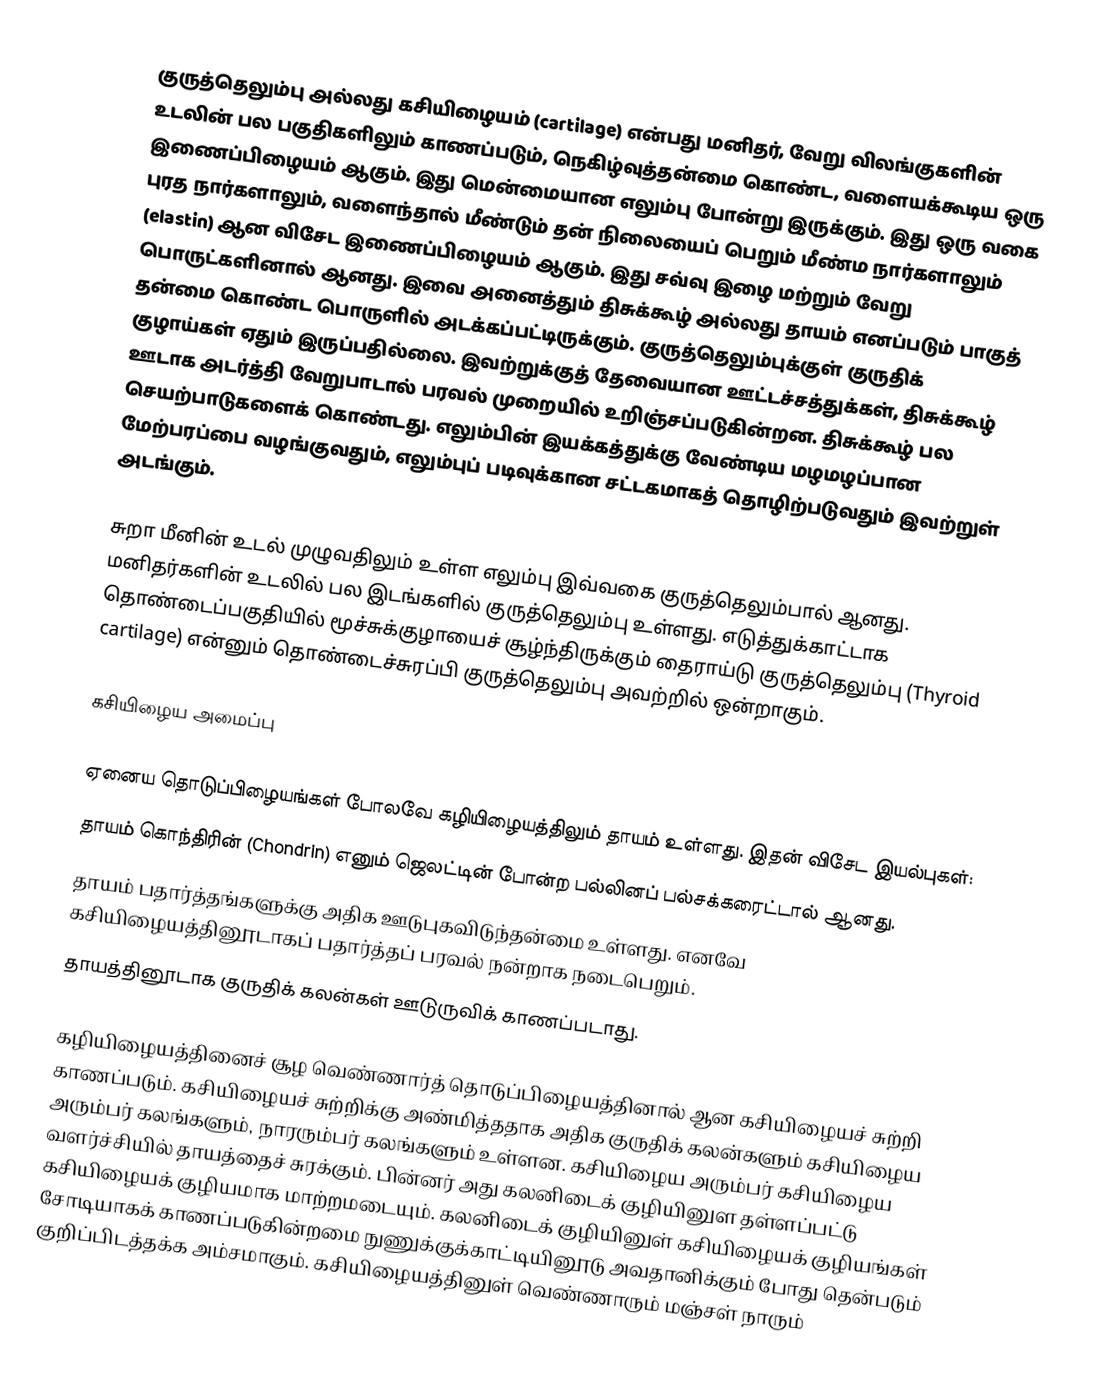
குருத்தெலும்பு அல்லது கசியிழையம் (cartilage) என்பது மனிதர், வேறு விலங்குகளின் உடலின் பல பகுதிகளிலும் காணப்படும், நெகிழ்வுத்தன்மை கொண்ட, வளையக்கூடிய ஒரு இணைப்பிழையம் ஆகும். இது மென்மையான எலும்பு போன்று இருக்கும். இது ஒரு வகை புரத நார்களாலும், வளைந்தால் மீண்டும் தன் நிலையைப் பெறும் மீண்ம நார்களாலும் (elastin) ஆன விசேட இணைப்பிழையம் ஆகும். இது சவ்வு இழை மற்றும் வேறு பொருட்களினால் ஆனது. இவை அனைத்தும் திசுக்கூழ் அல்லது தாயம் எனப்படும் பாகுத் தன்மை கொண்ட பொருளில் அடக்கப்பட்டிருக்கும். குருத்தெலும்புக்குள் குருதிக் குழாய்கள் ஏதும் இருப்பதில்லை. இவற்றுக்குத் தேவையான ஊட்டச்சத்துக்கள், திசுக்கூழ் ஊடாக அடர்த்தி வேறுபாடால் பரவல் முறையில் உறிஞ்சப்படுகின்றன. திசுக்கூழ் பல செயற்பாடுகளைக் கொண்டது. எலும்பின் இயக்கத்துக்கு வேண்டிய மழமழப்பான மேற்பரப்பை வழங்குவதும், எலும்புப் படிவுக்கான சட்டகமாகத் தொழிற்படுவதும் இவற்றுள் அடங்கும்.

சுறா மீனின் உடல் முழுவதிலும் உள்ள எலும்பு இவ்வகை குருத்தெலும்பால் ஆனது. மனிதர்களின் உடலில் பல இடங்களில் குருத்தெலும்பு உள்ளது. எடுத்துக்காட்டாக தொண்டைப்பகுதியில் மூச்சுக்குழாயைச் சூழ்ந்திருக்கும் தைராய்டு குருத்தெலும்பு (Thyroid cartilage) என்னும் தொண்டைச்சுரப்பி குருத்தெலும்பு அவற்றில் ஒன்றாகும்.

கசியிழைய அமைப்பு

ஏனைய தொடுப்பிழையங்கள் போலவே கழியிழையத்திலும் தாயம் உள்ளது. இதன் விசேட இயல்புகள்:
 தாயம் கொந்திரின் (Chondrin) எனும் ஜெலட்டின் போன்ற பல்லினப் பல்சக்கரைட்டால் ஆனது.
 தாயம் பதார்த்தங்களுக்கு அதிக ஊடுபுகவிடுந்தன்மை உள்ளது. எனவே கசியிழையத்தினூடாகப் பதார்த்தப் பரவல் நன்றாக நடைபெறும்.
 தாயத்தினூடாக குருதிக் கலன்கள் ஊடுருவிக் காணப்படாது.

கழியிழையத்தினைச் சூழ வெண்ணார்த் தொடுப்பிழையத்தினால் ஆன கசியிழையச் சுற்றி காணப்படும். கசியிழையச் சுற்றிக்கு அண்மித்ததாக அதிக குருதிக் கலன்களும் கசியிழைய அரும்பர் கலங்களும், நாரரும்பர் கலங்களும் உள்ளன. கசியிழைய அரும்பர் கசியிழைய வளர்ச்சியில் தாயத்தைச் சுரக்கும். பின்னர் அது கலனிடைக் குழியினுள தள்ளப்பட்டு கசியிழையக் குழியமாக மாற்றமடையும். கலனிடைக் குழியினுள் கசியிழையக் குழியங்கள் சோடியாகக் காணப்படுகின்றமை நுணுக்குக்காட்டியினூடு அவதானிக்கும் போது தென்படும் குறிப்பிடத்தக்க அம்சமாகும். கசியிழையத்தினுள் வெண்ணாரும் மஞ்சள் நாரும்